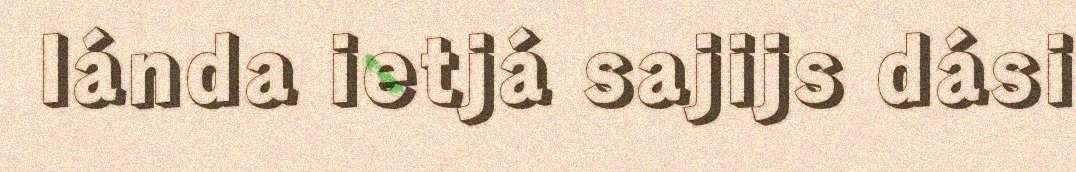
lánda ietjá sajijs dási